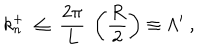
k _ { n } ^ { + } ~ \leq ~ \frac { 2 \pi } { L } ~ \left( \frac { R } { 2 } \right) \equiv \Lambda ^ { \prime } ~ ,